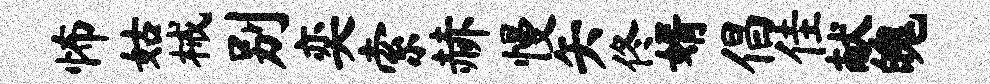
怖姑械别奕索赫慢矢佟婿倡佳献魄